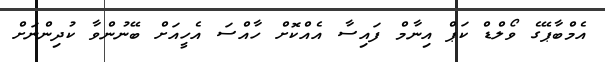
އެމްބާޕޭގެ ވޯލްޑް ކަޕް އިނާމް ފައިސާ އެއްކޮށް ހާއްސަ އެހީއަށް ބޭނުންވާ ކުދިންނަށް